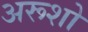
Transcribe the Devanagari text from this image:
अरूशो